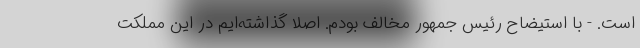
است. - با استیضاح رئیس جمهور مخالف بودم. اصلا گذاشته‌ایم در این مملکت